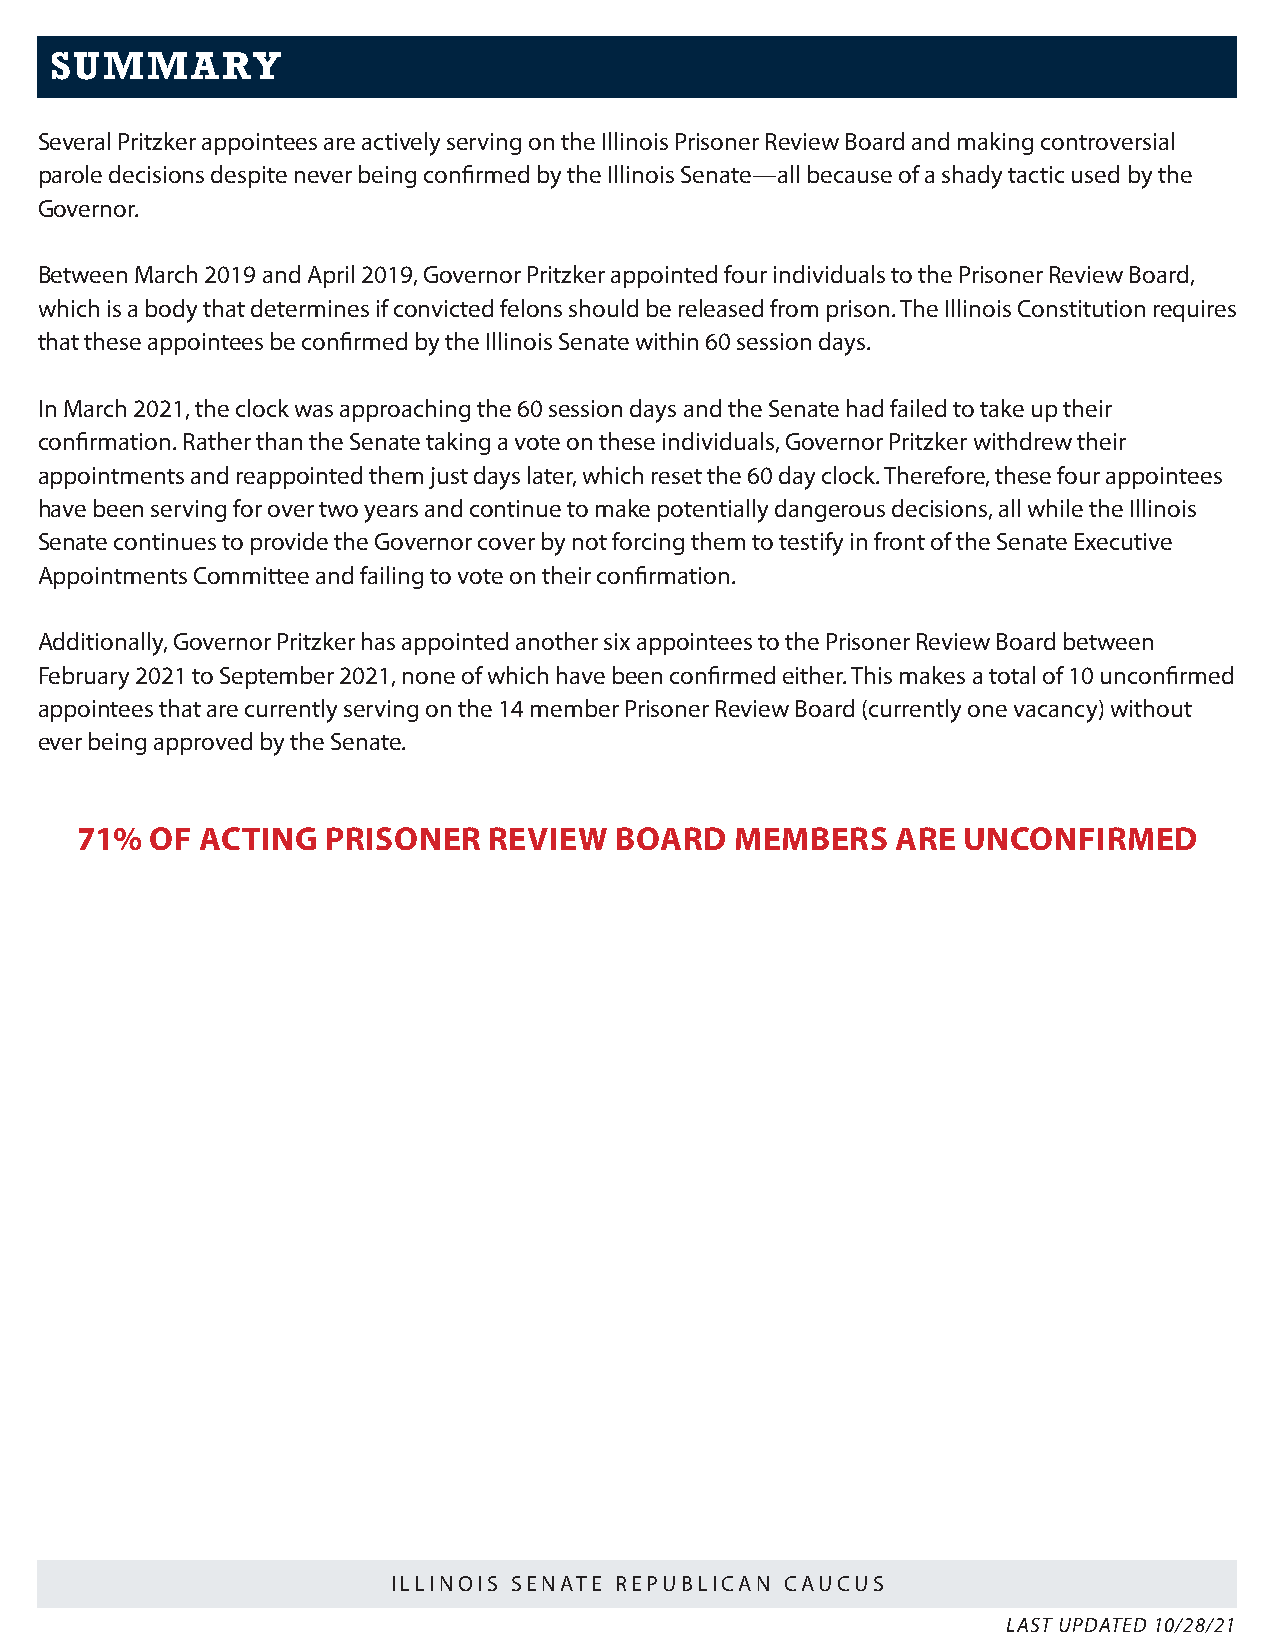
SUMMARY
 Several Pritzker appointees are actively serving on the Illinois Prisoner Review Board and making controversial
 parole decisions despite never being confirmed by the Illinois Senate—all because of a shady tactic used by the
 Governor.
 Between March 2019 and April 2019, Governor Pritzker appointed four individuals to the Prisoner Review Board,
 which is a body that determines if convicted felons should be released from prison. The Illinois Constitution requires
 that these appointees be confirmed by the Illinois Senate within 60 session days.
 In March 2021, the clock was approaching the 60 session days and the Senate had failed to take up their
 confirmation. Rather than the Senate taking a vote on these individuals, Governor Pritzker withdrew their
 appointments and reappointed them just days later, which reset the 60 day clock. Therefore, these four appointees
 have been serving for over two years and continue to make potentially dangerous decisions, all while the Illinois
 Senate continues to provide the Governor cover by not forcing them to testify in front of the Senate Executive
 Appointments Committee and failing to vote on their confirmation.
 Additionally, Governor Pritzker has appointed another six appointees to the Prisoner Review Board between
 February 2021 to September 2021, none of which have been confirmed either. This makes a total of 10 unconfirmed
 appointees that are currently serving on the 14 member Prisoner Review Board (currently one vacancy) without
 ever being approved by the Senate.
 71%  OF ACTING   PRISONER  REVIEW   BOARD   MEMBERS   ARE  UNCONFIRMED
 ILLINOIS SENATE REPUBLICAN CAUCUS
 LAST UPDATED 10/28/21                                                               LAST UPDATED 10/28/21